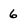
Character: 6